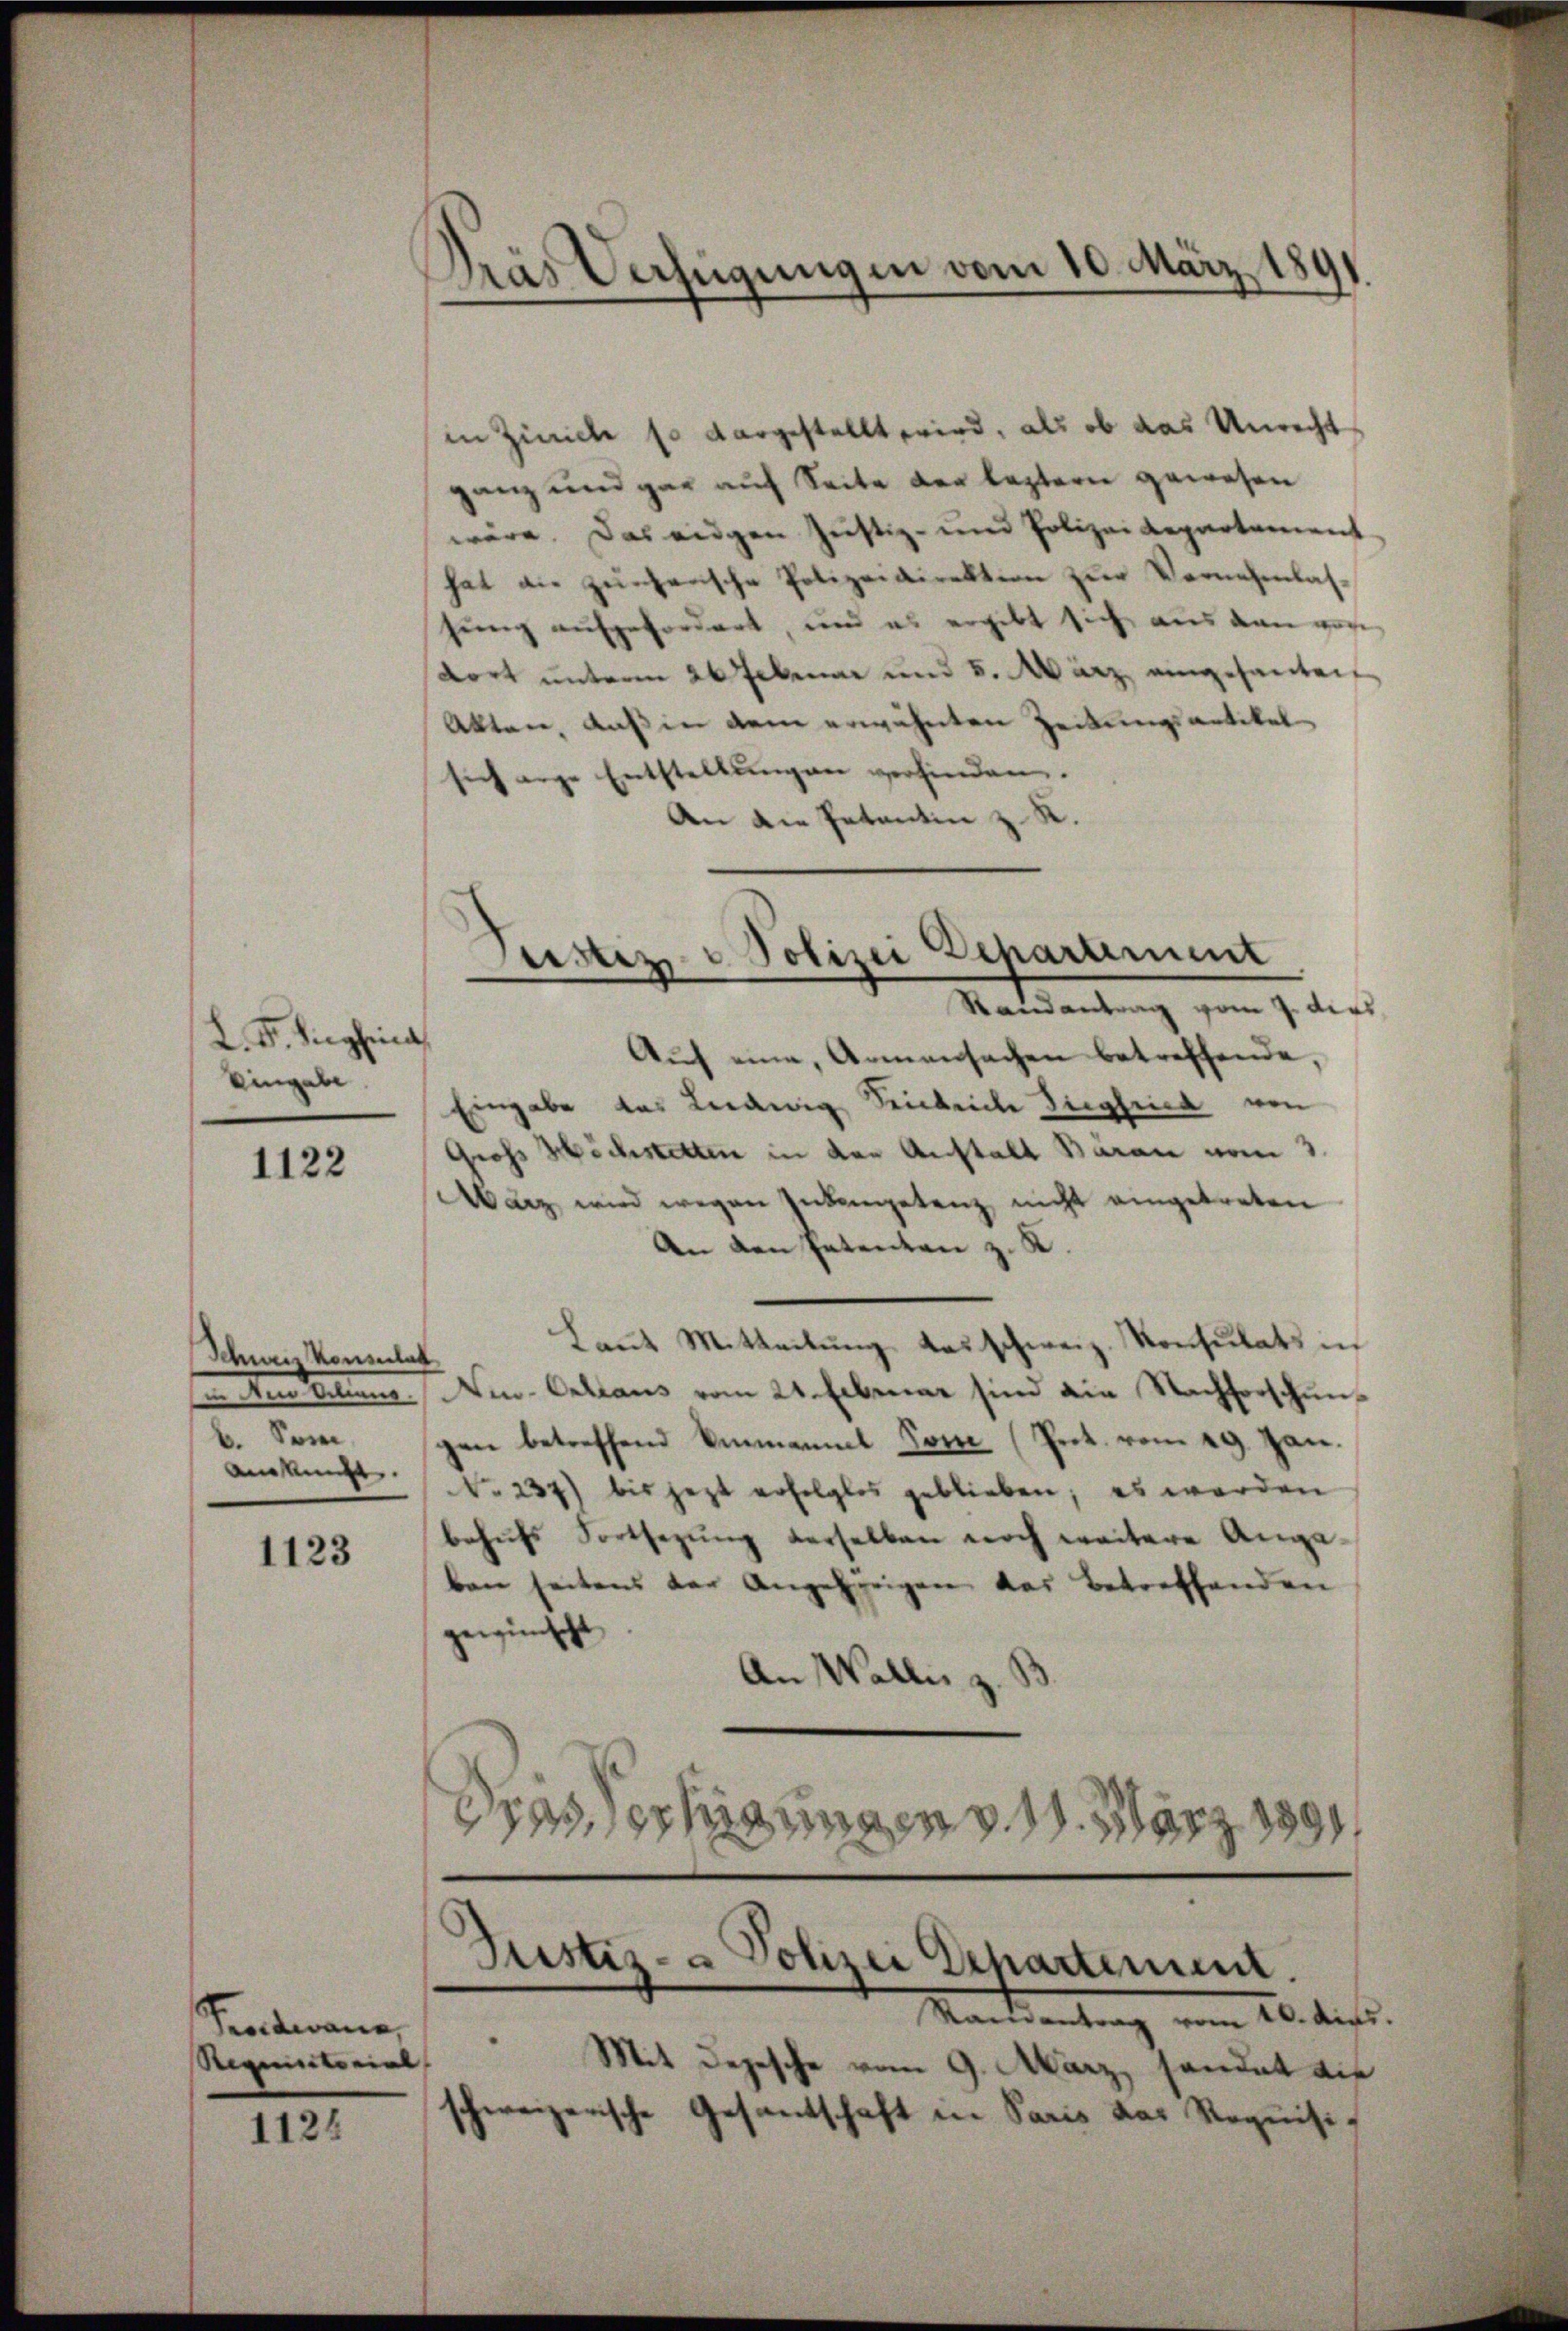
L. F. Siephina
Eingabe

1122

Schweiz konsulat
 den Rechnung
b. Som
Ankunft.

1123

Fendwann,
Requisitorial

1124

Das Verfügungen vom 10. März 1891.

in Zürich so dargestellt wird, als ob das Unrecht
ganz und gar auf Seite der leztern gewesen
wäre. Das eigen Justiz- und Polizei Repartement
hat an zŭherische Polizeidirektion zŭr Vernehmlas-
sung aufgefordert, und es ergibt sich aus den ver
dort unterm 26 Februar und 5. März, eingesanten
Akten, daß in dem erwähnten Zeitungsartikel
sich ange Entstellŭngen verfinden.
An die Petentin z. R.

Aŭf eine Armensachen betreffende,
Eingabe des Leidwig Seicbeiche Sigheit von
Gross Höchstetten in den Anstalt Baran vom 3.
März wird wegen Zukompetenz nicht eingetreten
An den Patenten z. K.
Laut Mitteilung das schweiz. Konsulats in
Am-Orttaus vom 21. Februar sind die Nachforschungen betreffend Ammanna Tom (Prot. vom 29. Jan.
No 237) bis jezt erfolglos geblieben; es werden
behŭfs Fortsetzŭng derselben noch weitere Ange-
ben seitens der Angehörigen das betreffenden
gewünscht
An Wallis z.
hungen d. 1. März 1891.

Justiz u. Polizei Deparament
e
Randantrag vom 7. dies

Justiz- & Polizei Departement.
Ramantrag vom 10. ds.

Mit Depesche vom 9. März, sandat die
schweizerische Gesandtschaft in Paris das Requisi¬